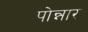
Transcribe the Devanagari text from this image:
पोन्नार